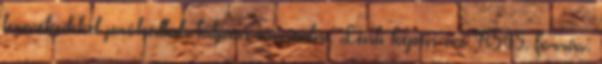
termékeikkel próbáltak talpon maradni. Lenti képen az R545. forrás: